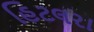
હિટલરા